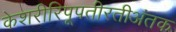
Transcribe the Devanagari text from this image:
केशरीरिपूपतीरतीअंतक